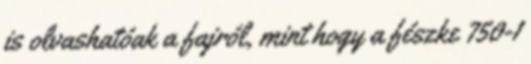
is olvashatóak a fajról, mint hogy a fészke 750-1